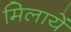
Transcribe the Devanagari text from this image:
मिलायें